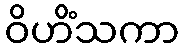
ဝိဟိံသကာ